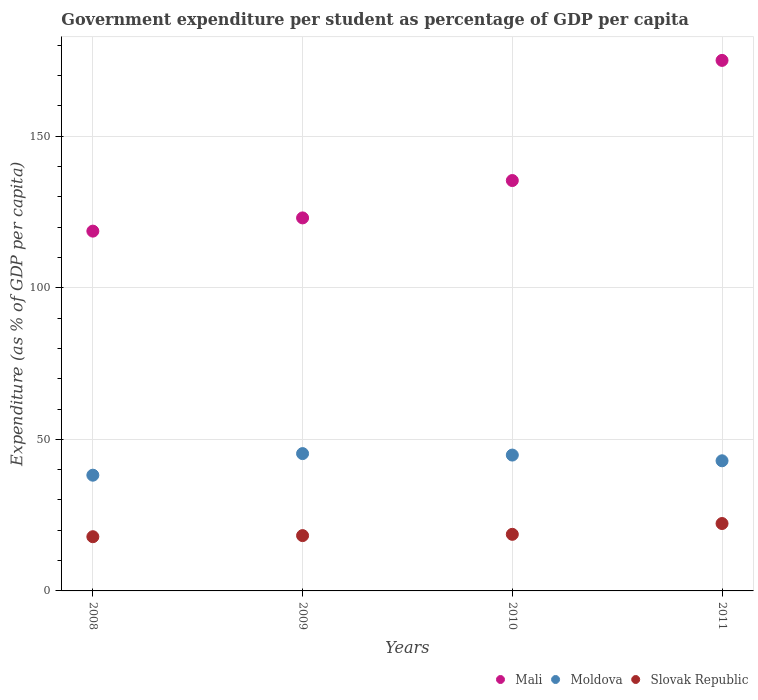
| Years | Mali | Moldova | Slovak Republic |
 | --- | --- | --- | --- |
 | 2008 | 119 | 38.2 | 17.9 |
 | 2009 | 123 | 45.3 | 18.3 |
 | 2010 | 135 | 44.8 | 18.7 |
 | 2011 | 175 | 42.9 | 22.2 |